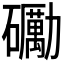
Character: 𥗠